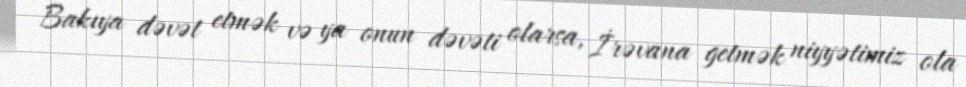
Bakıya dəvət etmək və ya onun dəvəti olarsa, İrəvana getmək niyyətimiz ola